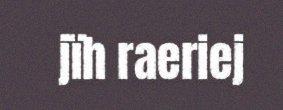
jïh raeriej